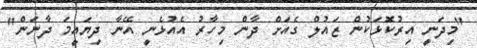
"މިދަނީ އިރުކޮޅަކުން ޒައުލް ގެއަށް ދާން މިހާރު އެއުޅެނީ އޭނާ ދިޔައީމަ ދާނަން"